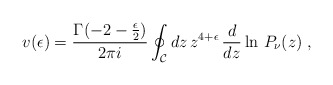
\begin{align*}v(\epsilon)=\frac{\Gamma(-2-{\epsilon \over 2})}{2\pi i}\oint_{\mathcal C}dz\,z^{4+\epsilon}\,\frac{d}{dz}\ln \,P_\nu(z)\;,\end{align*}